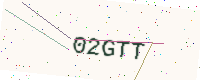
Text: 02GTT